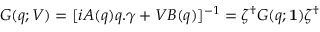
G ( q ; V ) = [ i A ( q ) q . \gamma + V B ( q ) ] ^ { - 1 } = \zeta ^ { \dagger } G ( q ; { \bf 1 } ) \zeta ^ { \dagger }